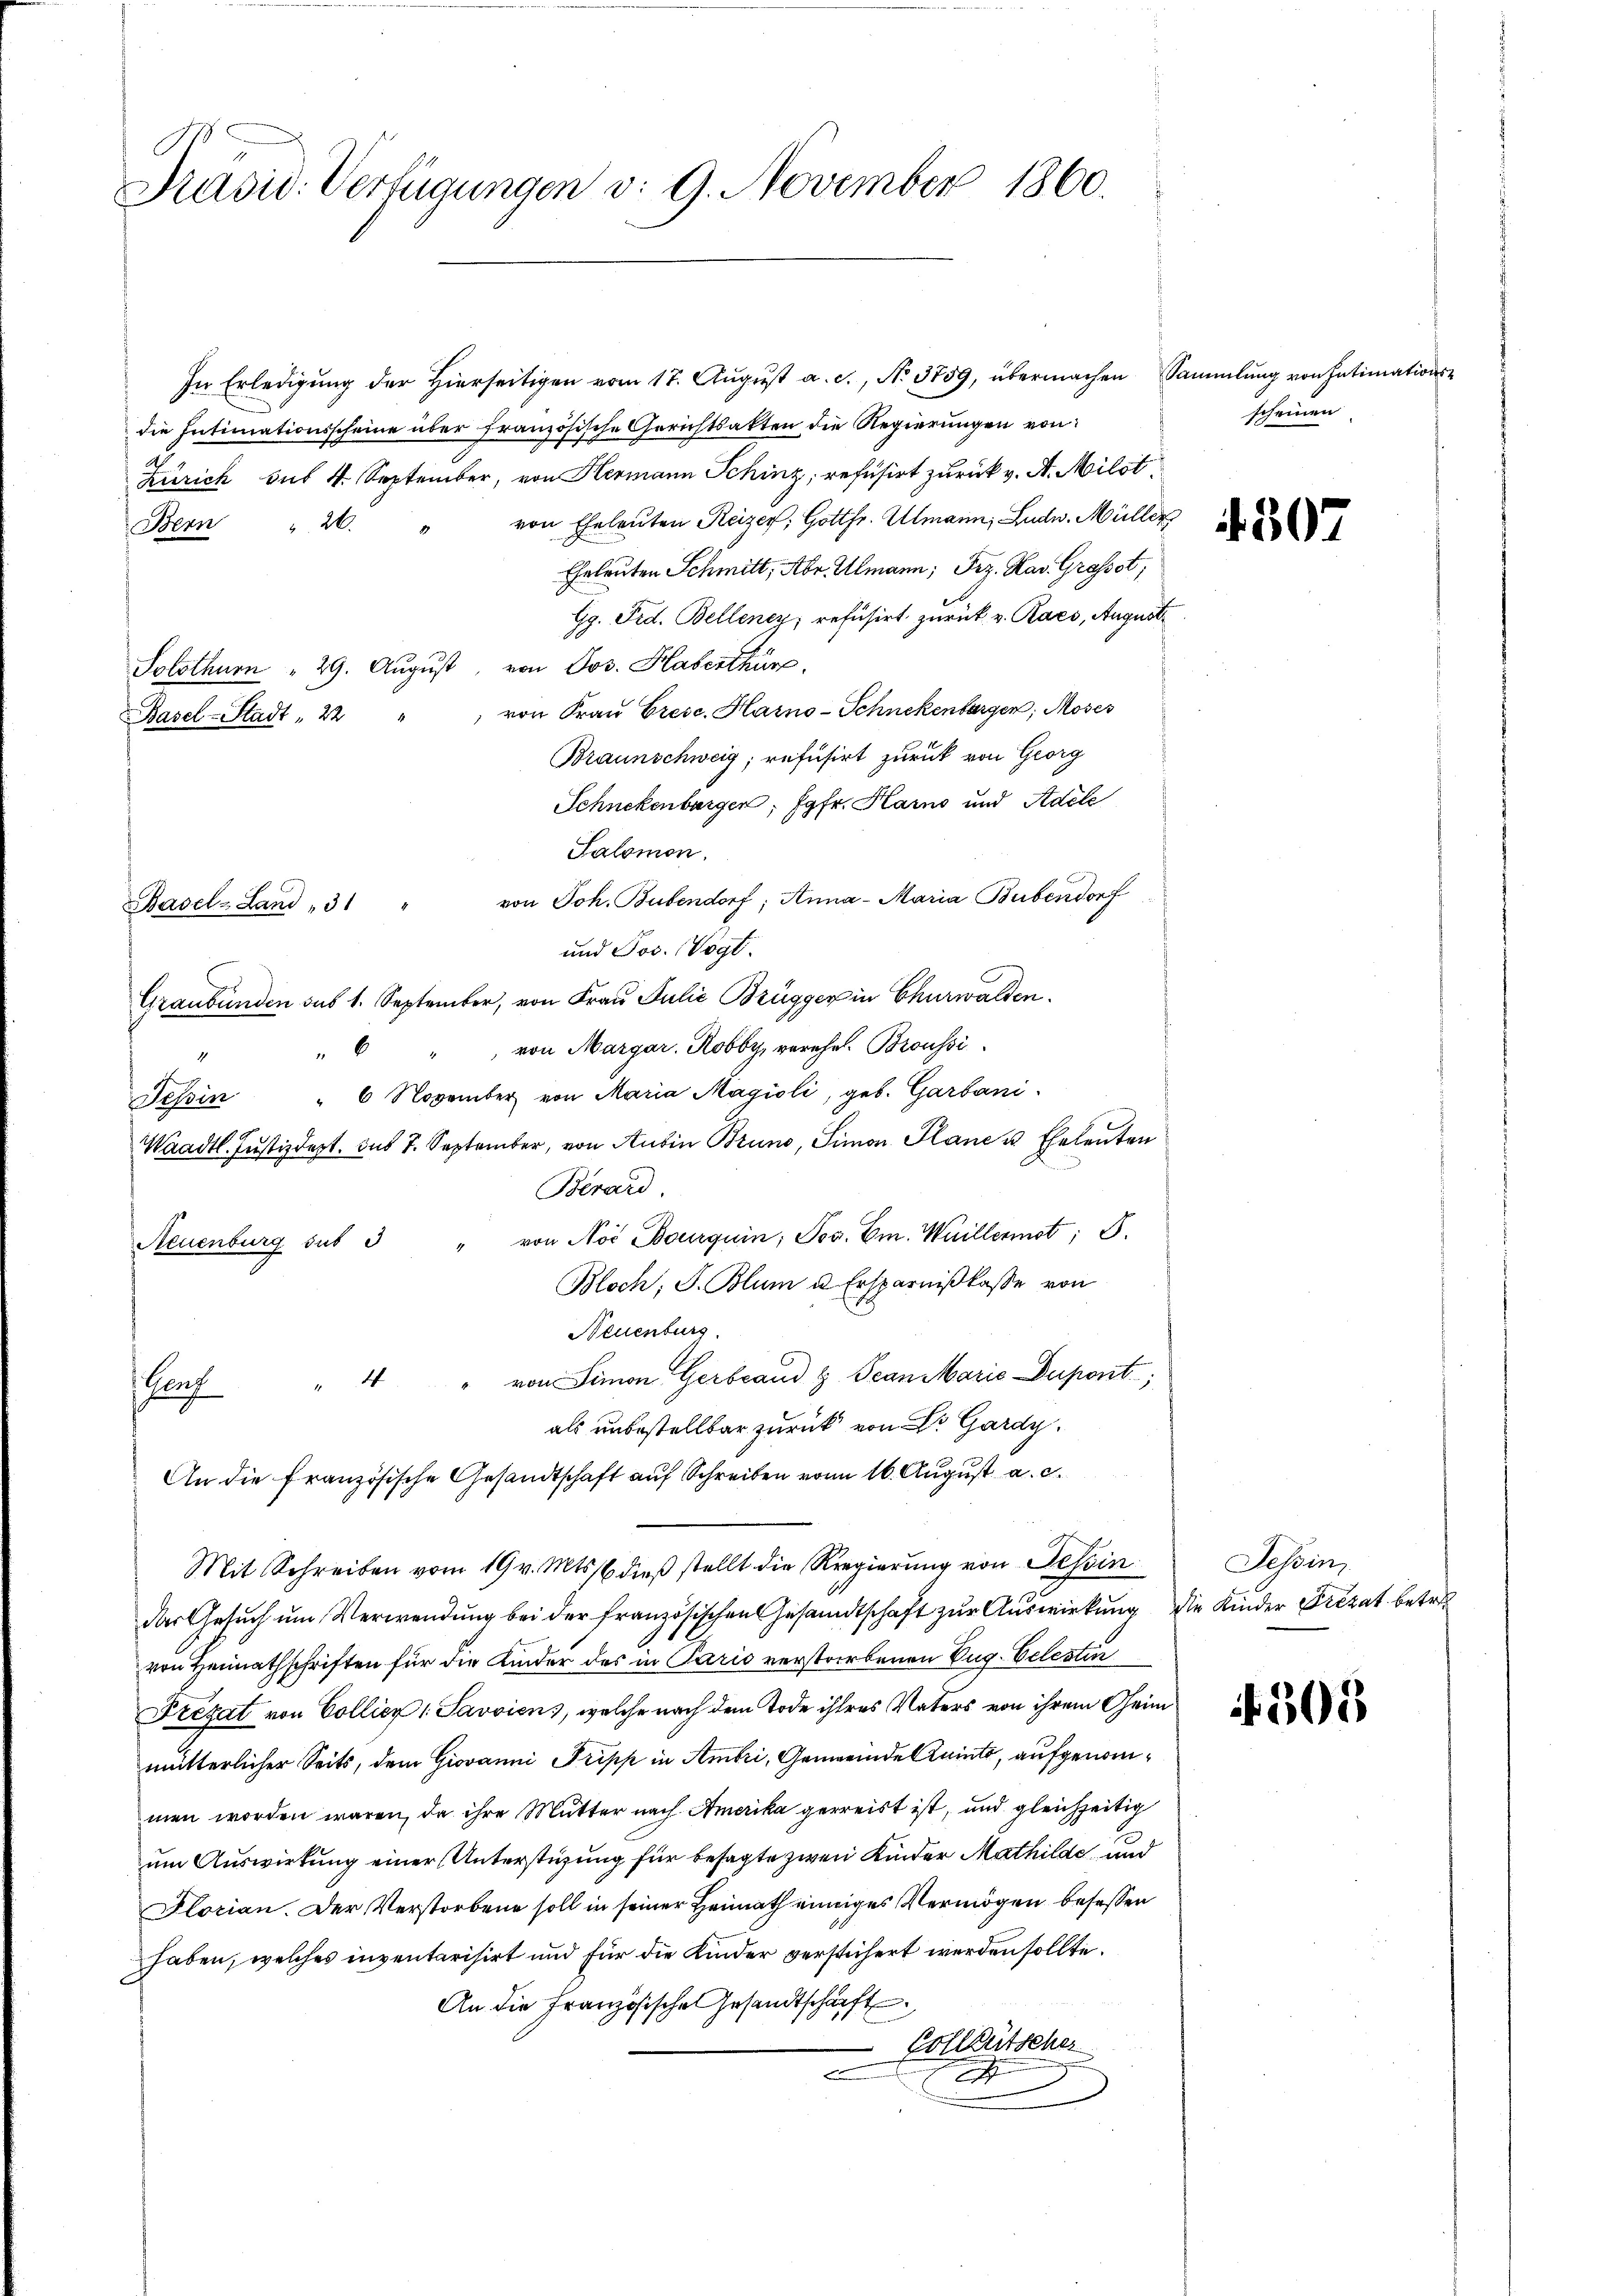
Präsid. Verfügungen v. 9. November 1860.

In Erledigŭng der hierseitigen vom 17. Aŭgŭst a. c., N. 3759, übermachen Sammlung von Intimations-
die Intimationsscheine über französische Gerichtsakten die Regierungen von
Zürich sub 4. September, von Hermann Schinz, refusirt zurück v. A. Milotvon Eheleuten Reizer, Gottfr. Almann, Ludw. Müller
Bern " 20.
Eheleuten Schmitt, Abr. Almann; Frz. Kav. Grossst;
Gg. Frd. Bellenez, refusirt zurück v. Raes, August¬
Solothurn " 29. August, von Jos. Haberthür
von Frau Gresc. Harno-Schnekenbergen; Moses
Basel-Stadt " 22
Braunschweig, refusirt zurück von Georg
Schnekenburger, Jgfr. Karno und Adele
Salomon.
Basel-Land „31 " von Joh. Bubendorf; Anna - Maria Bubendorf
und Jos. Vogt.
Graubünden des 1. September, von Frau Julie Brügger in Churwalden.
 von Margar. Robby, verehel. Broussi
6
Tessin " 6 November von Maria Magioli, geb. Garbani,
Waadt. Justizdept. des 7. September, von Ansin Bruno, Simon Plane u. Eheleuten
Berard.
Neuenburg sub 3 " von Not Bourquin; Jos. Em. Weillermot; S.
Bloch, J. Blum u. Ersparnißkasse von
Neuenburg
Genf " 4 " von Simon Gerbrand & Jean Marie Dupont;
als unbestellbar zurück von Dr Gardy.
An die französische Gesandtschaft auf Schreiben von 16. August a. c.
Mit Schreiben vom 19 v. Mts. dieß stellt die Regierung von Tessin
das Gesuch um Verwendung bei der französischen Gesandtschaft zur Auswirkung die Kinder Frezat betre
von Heimathschriften für die Kinder des in Paris verstorbenen Zug. Celesti
Frezat von Collier 1 Javviens, welche nach dem Tode ihres Vaters von ihrem Geimmutterlicher Seits, dem Giovanni Tripp in Ambri, Gemeinde Kraints, aufgenommen worden wären, da ihre Mutter nach Amerika gerreist ist, und gleichzeitig
um Auswirkung einer Unterstüzung für besagte zwei Kinder Mathilde, und
Florian. Der Verstorbene soll in seiner Heimath einiges Vermögen besessen
haben, welches inventarisirt und für die Kinder verstichert werden sollte.
An die Französische Gesandtschärft
Colleütscher
e
i

scheinen

307

Tessin

505